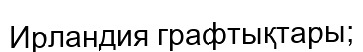
Ирландия графтықтары;